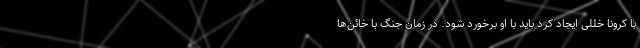
با کرونا خللی ایجاد کرد باید با او برخورد شود. در زمان جنگ با خائن‌ها